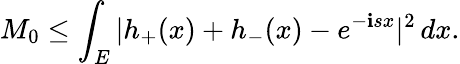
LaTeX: M_{0}\leq\int_{E}|h_{+}(x)+h_{-}(x)-e^{-\mathbf{i}sx}|^{2}\, dx.